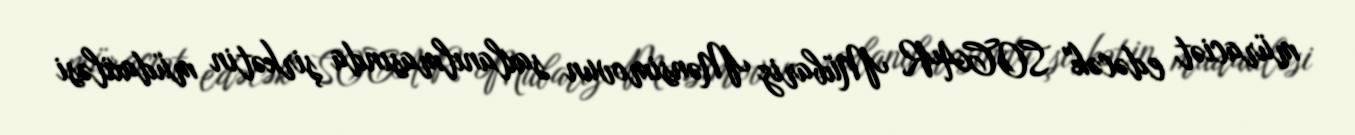
müraciət edəcək" SOCAR Mübariz Mənsimovun saxlanılmasında şirkətin müdaxiləsi